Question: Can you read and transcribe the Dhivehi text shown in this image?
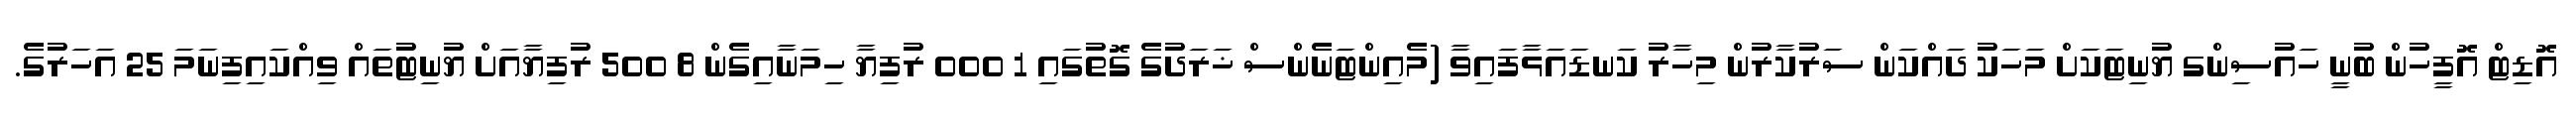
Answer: އޮޑިޓް އޮފީހުން ބުނީ ހައުސިންގ ޔުނިޓަކަށް މަހަކު ދައްކަން ސަރުކާރުން މިހާރު ކަނޑައަޅާފައިވާ (މެއިންޓަނެންސް ޚަރަދުގެ ގޮތުގައި 1 000 ރުފިޔާ ހިމަނާއިގެން 8 500 ރުފިޔާއަށް ޔުނިޓުތައް ވިއްކައިފިނަމަ 25 އަހަރުގެ.